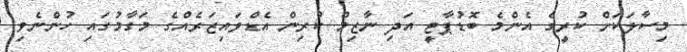
މިސާލަކަށް ކުރީގެ އެންމެ ބޮޑުޕާޓީ އަދި ނާޒިމް ކުރިން އެޑްވައިޒަރެއްގެ މަގާމުގައި ހުންނެވި